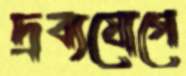
দ্রব্যযোগে